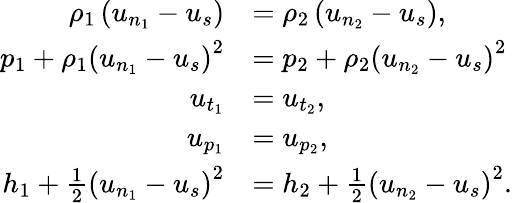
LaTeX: \begin{array}{rl}{\rho_{1}\left(u_{n_{1}}-u_{s}\right)}&{=\rho_{2}\left(u_{n_{2}}-u_{s}\right),}\\ {p_{1}+\rho_{1}\left(u_{n_{1}}-u_{s}\right)^{2}}&{=p_{2}+\rho_{2}\left(u_{n_{2}}-u_{s}\right)^{2}}\\ {u_{t_{1}}}&{=u_{t_{2}},}\\ {u_{p_{1}}}&{=u_{p_{2}},}\\ {h_{1}+\frac{1}{2}\left(u_{n_{1}}-u_{s}\right)^{2}}&{=h_{2}+\frac{1}{2}\left(u_{n_{2}}-u_{s}\right)^{2}.}\end{array}